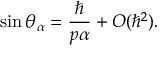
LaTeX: \sin \theta _ { \alpha } = \frac { \hbar } { p \alpha } + O ( \hbar ^ { 2 } ) .